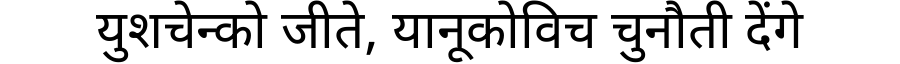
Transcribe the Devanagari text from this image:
युशचेन्को जीते, यानूकोविच चुनौती देंगे